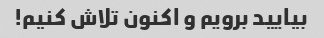
بیایید برویم و اکنون تلاش کنیم!